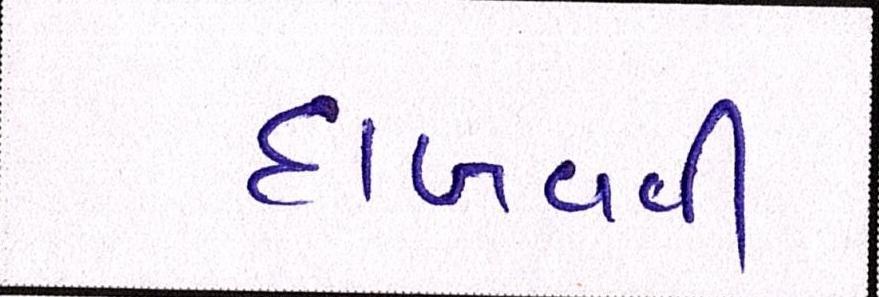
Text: દાખવવી